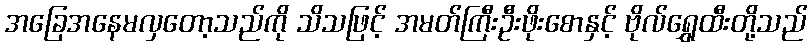
အခြေအနေမလှတော့သည်ကို သိသဖြင့် အမတ်ကြီးဦးဖိုးစောနှင့် ဗိုလ်ရွှေထီးတို့သည်